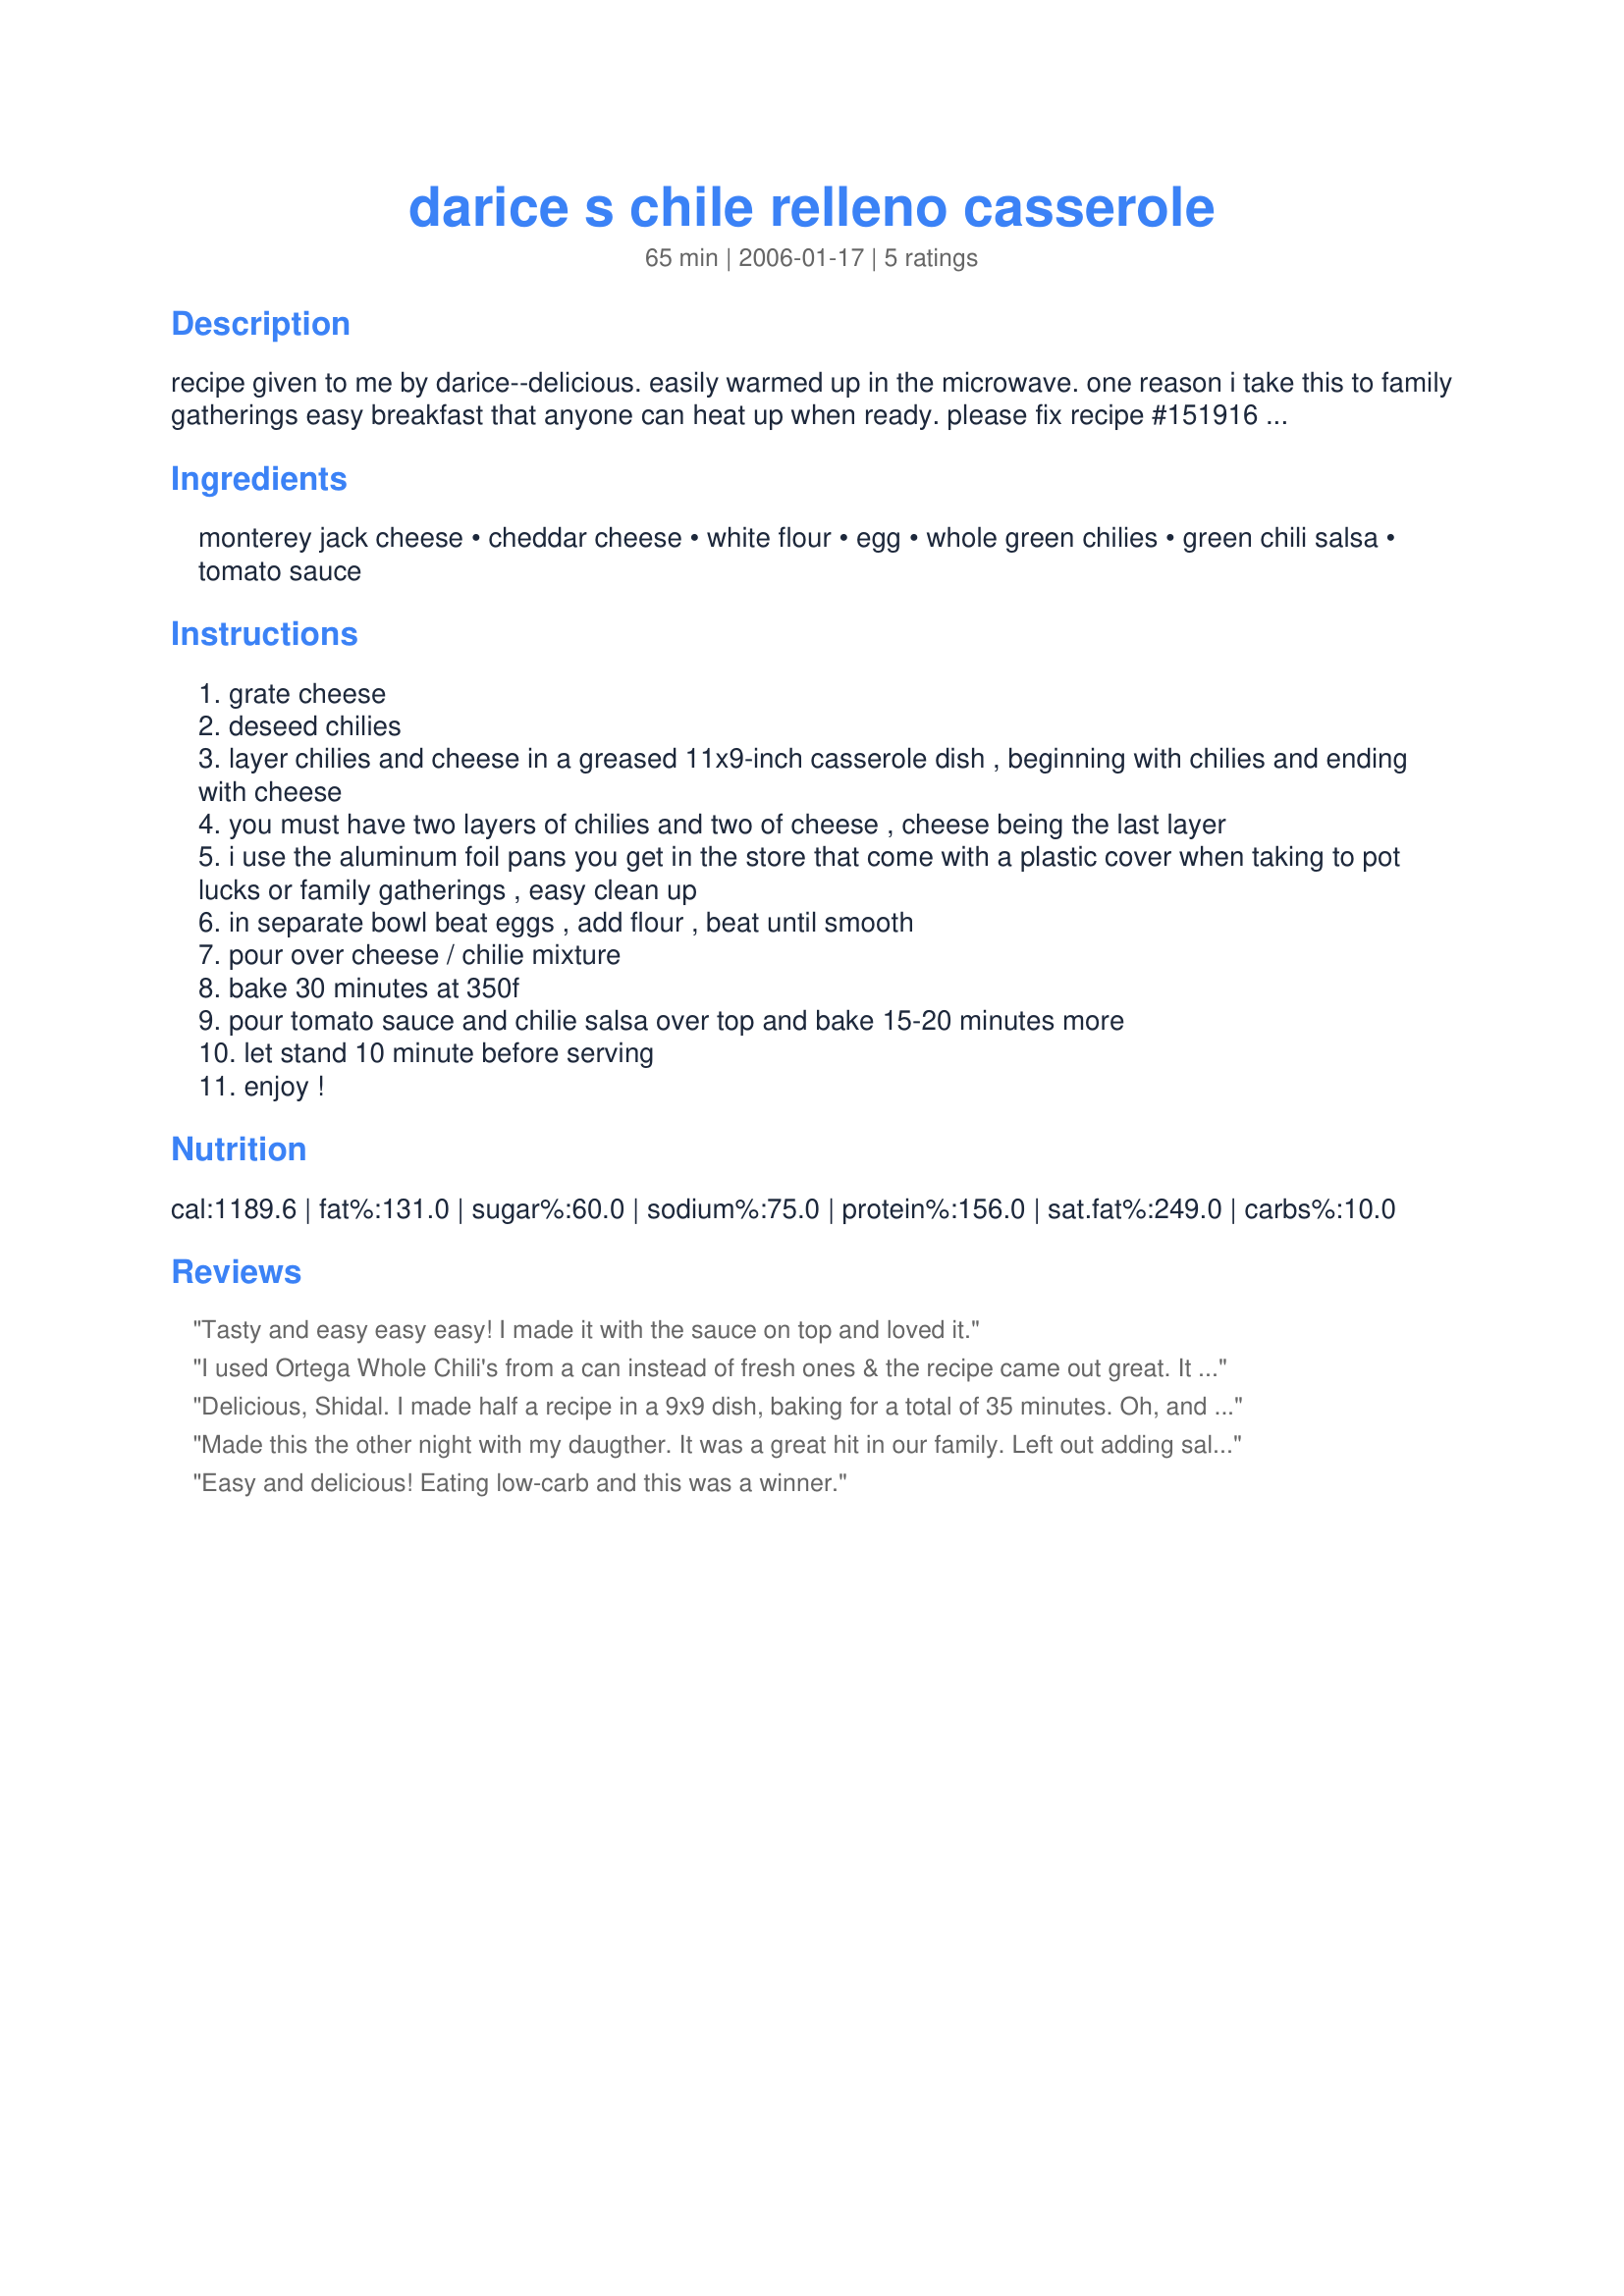
darice s chile relleno casserole
Preparation time: 65 minutes

recipe given to me by darice--delicious. easily warmed up in the microwave. one reason i take this to family gatherings easy breakfast that anyone can heat up when ready. please fix recipe #151916 to go with--it really hits the spot.

Ingredients:
monterey jack cheese, cheddar cheese, white flour, egg, whole green chilies, green chili salsa, tomato sauce

Steps:
grate cheese
deseed chilies
layer chilies and cheese in a greased 11x9-inch casserole dish , beginning with chilies and ending with cheese
you must have two layers of chilies and two of cheese , cheese being the last layer
i use the aluminum foil pans you get in the store that come with a plastic cover when taking to pot lucks or family gatherings , easy clean up
in separate bowl beat eggs , add flour , beat until smooth
pour over cheese / chilie mixture
bake 30 minutes at 350f
pour tomato sauce and chilie salsa over top and bake 15-20 minutes more
let stand 10 minute before serving
enjoy !

Reviews:
Tasty and easy easy easy! I made it with the sauce on top and loved it.
I used Ortega Whole Chili's from a can instead of fresh ones & the recipe came out great. It was very easy to make & everyone loved it.
Delicious, Shidal. I made half a recipe in a 9x9 dish, baking for a total of 35 minutes. Oh, and everybody ignored the 10 minute waiting period. This was great with some homemade tortilla chips.
Made this the other night with my daugther. It was a great hit in our family. Left out adding salsa and tomatoe sauce but kept the baking time. We thout it was better the next day in burritos with refried beans.
Easy and delicious! Eating low-carb and this was a winner.
